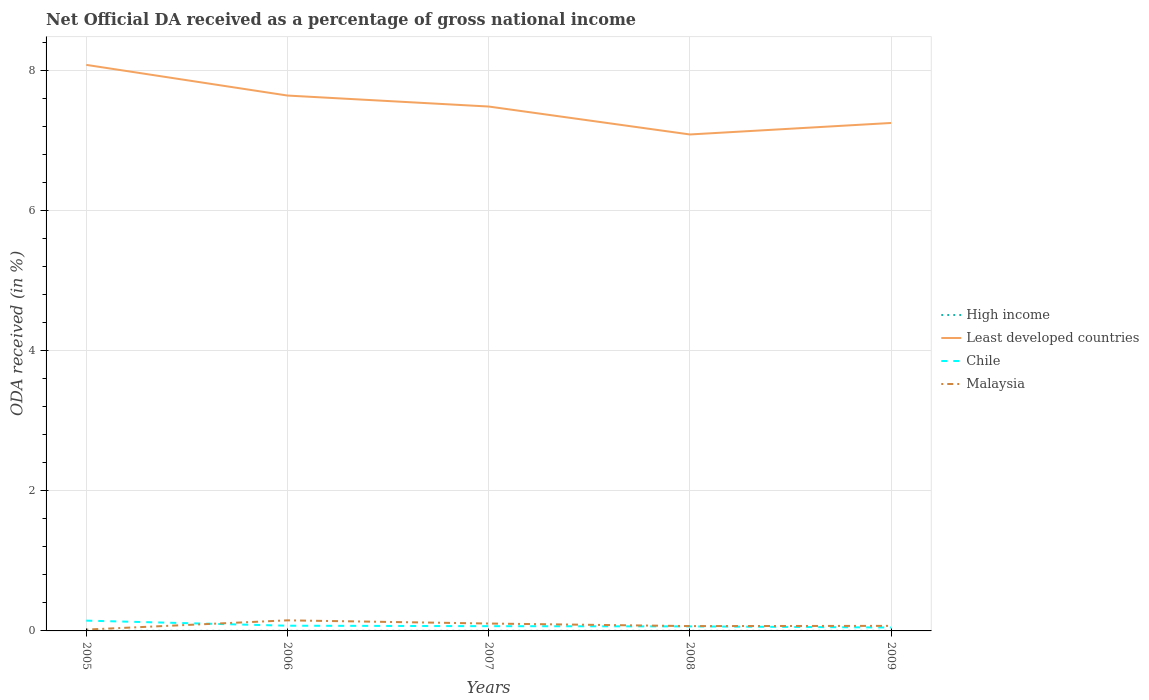
| Years | High income | Least developed countries | Chile | Malaysia |
 | --- | --- | --- | --- | --- |
 | 2005 | 0.00104 | 8.08 | 0.147 | 0.0191 |
 | 2006 | 0.0011 | 7.64 | 0.0744 | 0.151 |
 | 2007 | 0.00108 | 7.49 | 0.0679 | 0.106 |
 | 2008 | 0.00117 | 7.09 | 0.0647 | 0.069 |
 | 2009 | 0.00112 | 7.25 | 0.0489 | 0.0721 |